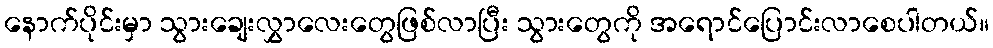
နောက်ပိုင်းမှာ သွားချေးလွှာလေးတွေဖြစ်လာပြီး သွားတွေကို အရောင်ပြောင်းလာစေပါတယ်။